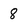
Character: 8